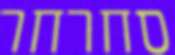
סחרחר